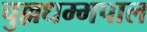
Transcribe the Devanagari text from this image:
चुल्लधम्मपाल